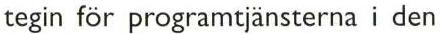
tegin för programtjänsterna i den